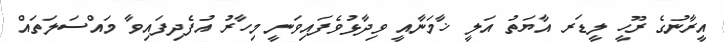
އީރާނުގެ ރޫހީ ލީޑަރ އާޔަތު އަލީ ޚާމަނާއީ ވިދާޅުވެފައިވަނީ މިހާރު އުފެދިފައިވާ މައްސަލަތައް